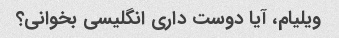
ویلیام، آیا دوست داری انگلیسی بخوانی؟